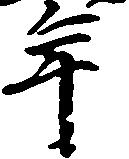
年